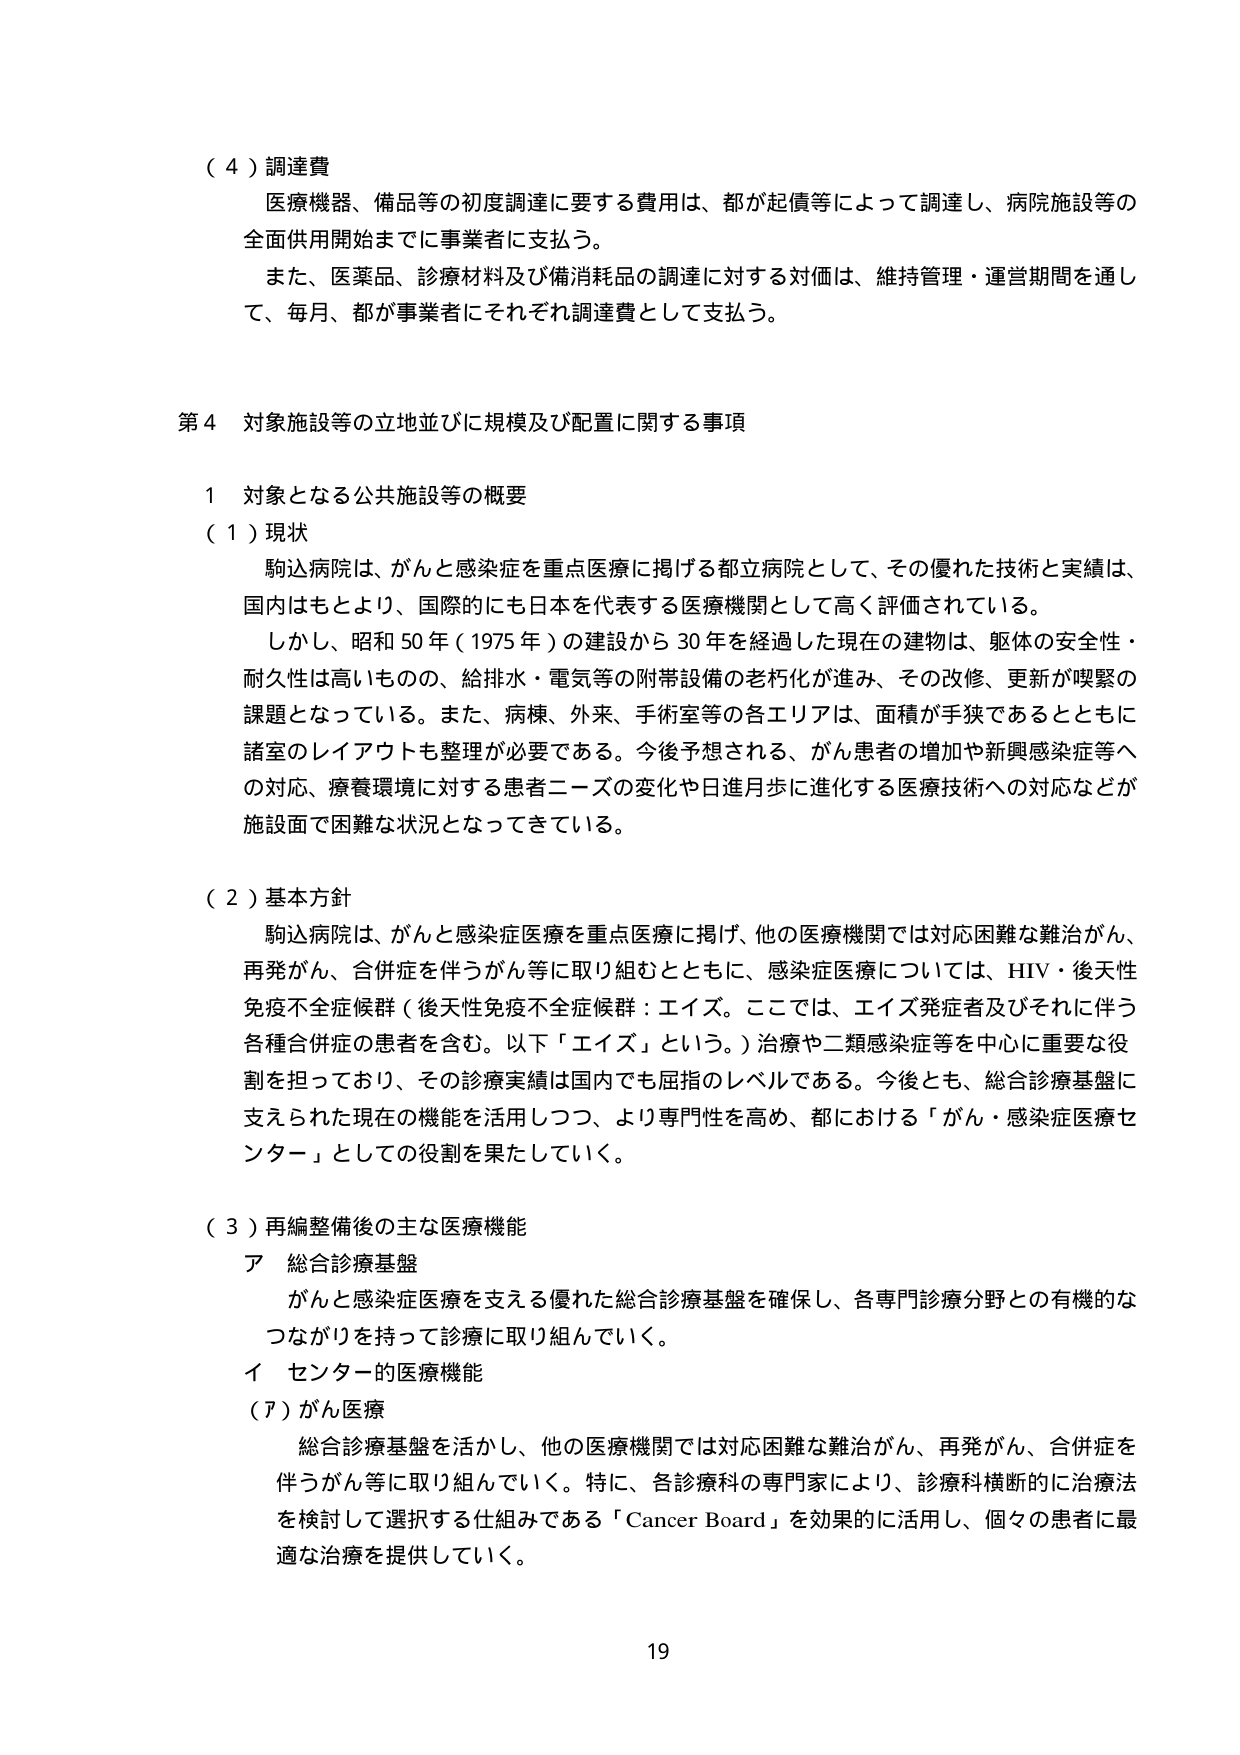
（４）調達費
医療機器、備品等の初度調達に要する費用は、都が起債等によって調達し、病院施設等の全面供用開始までに事業者に支払う。
また、医薬品、診療材料及び備消耗品の調達に対する対価は、維持管理・運営期間を通じて、毎月、都が事業者にそれぞれ調達費として支払う。

第４ 対象施設等の立地並びに規模及び配置に関する事項

１ 対象となる公共施設等の概要
（１）現状
駒込病院は、がんと感染症を重点医療に掲げる都立病院として、その優れた技術と実績は、国内はもとより、国際的にも日本を代表する医療機関として高く評価されている。
しかし、昭和５０年（１９７５年）の建設から３０年を経過した現在の建物は、躯体の安全性・耐久性は高いものの、給排水・電気等の附帯設備の老朽化が進み、その改修、更新が喫緊の課題となっている。また、病棟、外来、手術室等の各エリアは、面積が手狭であるとともに諸室のレイアウトも整理が必要である。今後予想される、がん患者の増加や新興感染症等への対応、療養環境に対する患者ニーズの変化や日進月歩に進化する医療技術への対応などが施設面で困難な状況となってきている。

（２）基本方針
駒込病院は、がんと感染症医療を重点医療に掲げ、他の医療機関では対応困難な難治がん、再発がん、合併症を伴うがん等に取り組むとともに、感染症医療については、HIV・後天性免疫不全症候群（後天性免疫不全症候群：エイズ。ここでは、エイズ発症者及びそれに伴う各種合併症の患者を含む。以下「エイズ」という。）治療や二類感染症等を中心に重要な役割を担っており、その診療実績は国内でも屈指のレベルである。今後とも、総合診療基盤に支えられた現在の機能を活用しつつ、より専門性を高め、都における「がん・感染症医療センター」としての役割を果たしていく。

（３）再編整備後の主な医療機能
ア 総合診療基盤
がんと感染症医療を支える優れた総合診療基盤を確保し、各専門診療分野との有機的なつながりを持って診療に取り組んでいく。
イ センター的医療機能
（ア）がん医療
総合診療基盤を活かし、他の医療機関では対応困難な難治がん、再発がん、合併症を伴うがん等に取り組んでいく。特に、各診療科の専門家により、診療科横断的に治療法を検討して選択する仕組みである「Cancer Board」を効果的に活用し、個々の患者に最適な治療を提供していく。

19